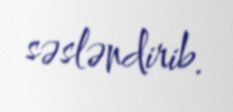
səsləndirib.